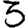
Digit: 3